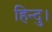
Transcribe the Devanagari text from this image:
हिन्दु।